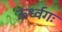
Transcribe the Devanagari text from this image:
ऊर्ध्वगः